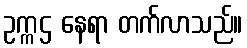
ဥက္ကဌ နေရာ တက်လာသည်။